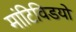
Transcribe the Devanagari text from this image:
मांटिविडयो